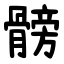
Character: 髈